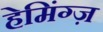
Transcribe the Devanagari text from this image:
हेमिंग्ज़